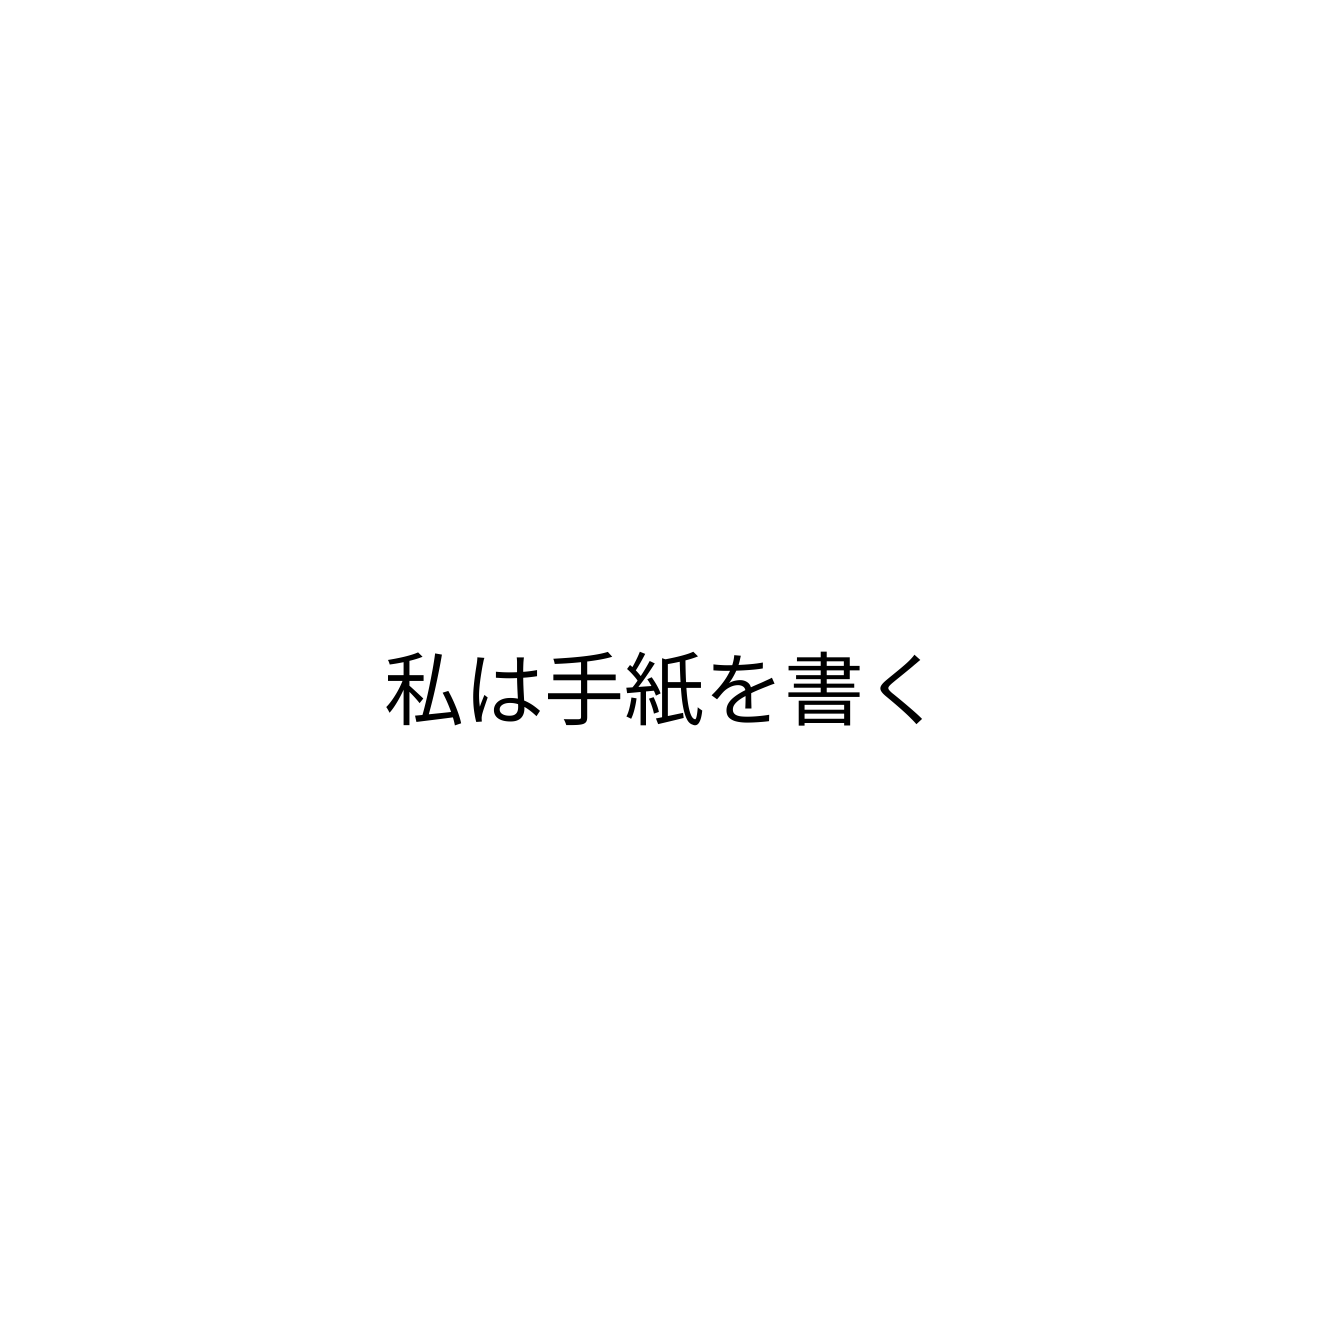
私は手紙を書く